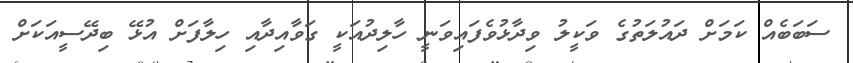
ސަބަބެއް ކަމަށް ދައުލަތުގެ ވަކީލު ވިދާޅުވެފައިވަނީ ހާލިދުއަކީ ގަވާއިދާއި ހިލާފަށް އުޅޭ ބިދޭސީއަކަށް